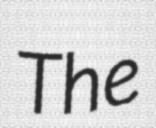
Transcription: The